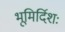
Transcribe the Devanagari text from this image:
भूमिर्दिशः